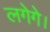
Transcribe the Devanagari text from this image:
लगेगे।